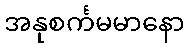
အနုစင်္ကမမာနော